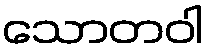
သောတဝါ